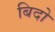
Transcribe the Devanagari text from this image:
बिदो